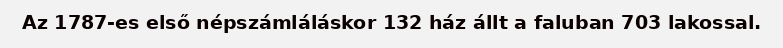
Az 1787-es első népszámláláskor 132 ház állt a faluban 703 lakossal.